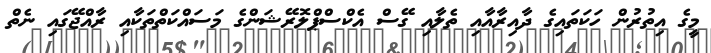
މީގެ އިތުރުން ހަކަތައިގެ ދާއިރާއާއި ތެލާއި ގޭސް އެކްސްޕްލޮރޭޝަންގެ މަސައްކަތްތަކާއި ރާއްޖޭގައި ނެތް